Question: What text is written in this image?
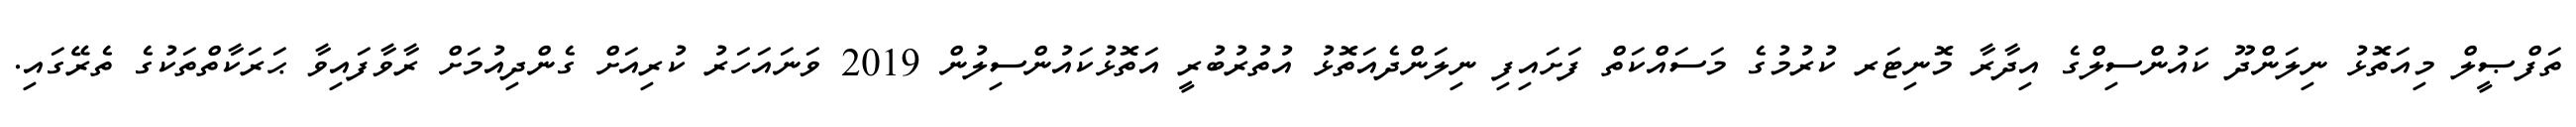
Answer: ތަފްޞީލް މިއަތޮޅު ނިލަންދޫ ކައުންސިލްގެ އިދާރާ މޮނިޓަރ ކުރުމުގެ މަސައްކަތް ފަށައިފި ނިލަންދެއަތޮޅު އުތުރުބުރީ އަތޮޅުކައުންސިލުން 2019 ވަނައަހަރު ކުރިއަށް ގެންދިއުމަށް ރާވާފައިވާ ޙަރަކާތްތަކުގެ ތެރޭގައި.